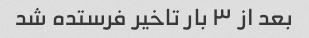
بعد از ۳ بار تاخیر فرستده شد